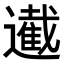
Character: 𮟙